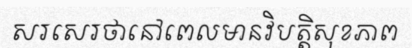
សរសេរថានៅពេលមានវិបត្តិសុខភាព